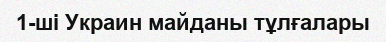
1-ші Украин майданы тұлғалары